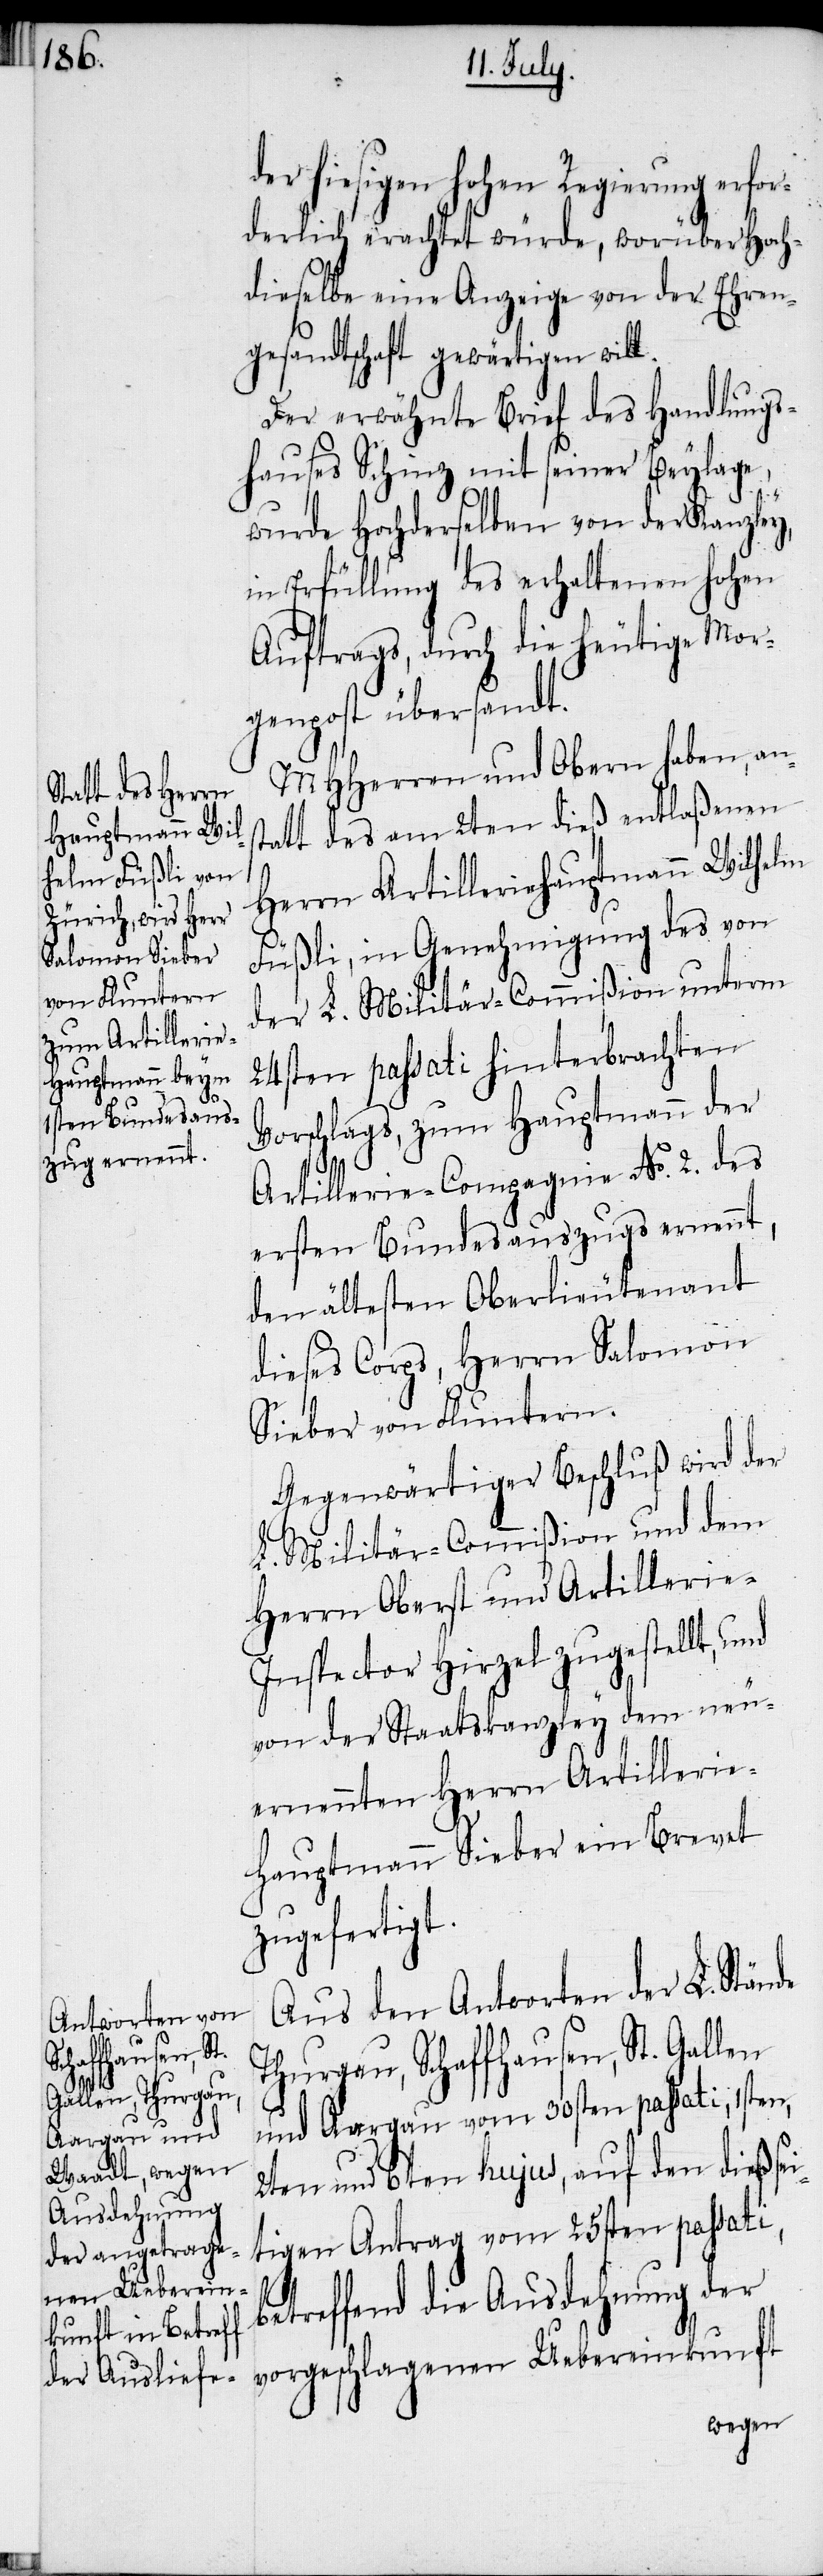
er hiesigen hohen Regierung erf¬
derlich erachtet würde, worüber Hoch¬
dieselbe eine Anzeige von der Ehren¬
gesandtschaft gewärtigen will.
Der erwähnte Brief des Handlungs¬
hauses Schinz mit seiner Beylage,
wurde Hochderselben von der Kanzley,
in Erfüllung des erhaltenen hohen
Auftrags, durch die heutige Mor¬
genpost übersandt.
MHHerren und Obern haben, ans¬
tatt des am 2ten dieß entlaßenen
Herrn Artilleriehauptmann Wilhelm
Füßli, in Genehmigung des von
der L. Militär-Commißion unterm
24sten passati hinterbrachten
Vorschlags, zum Hauptmann der
or¬
Artillerie-Compagnie No. 2. des
ersten Bundesauszugs ernennt,
den ältesten Oberlieutenant
dieses Corps, Herrn Salomon
Sieber von Fluntern.
Gegenwärtiger Beschluß wird der
L. Militär-Commißion und dem
Herrn Oberst und Artillerie-I¬
nspector Hirzel zugestellt, und
von der Staatskanzley dem neu¬
ernennten Herrn Artilleri¬
e-Hauptmann Sieber ein Brevet
zugefertigt.
Aus den Antworten der L. Stände
Thurgau, Schaffhausen, St. Gallen
2ten und 6ten hujus, auf den dießsei¬
tigen Antrag vom 25sten passati,
betreffend die Ausdehnung der
vorgeschlagenen Uebereinkunft